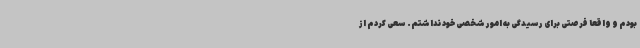
بودم و واقعا فرصتی برای رسیدگی به امور شخصی خود نداشتم. سعی کردم از